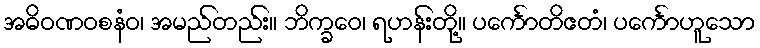
အဓိဝဏဝစနံဝ၊ အမည်တည်း။ ဘိက္ခဝေ၊ ရဟန်းတို့။ ပင်္ကောတိဧတံ၊ ပင်္ကောဟူသော